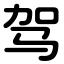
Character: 驾